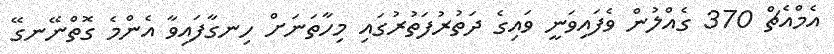
އެމްއެޗް 370 ގެއްލުން ވެފައިވަނީ ވައިގެ ދަތުރުފަތުރުގައި މިހާތަނަށް ހިނގާފައިވާ އެންމެ ގޮތްނޭނގޭ